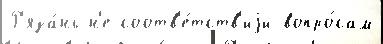
Р'яза́нь н'е соотв'е́тств'иjи вопро́сам